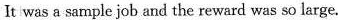
It was a sample job and the reward was so large.